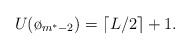
\begin{align*}U(\o_{m^*-2}) = \lceil L/2 \rceil +1.\end{align*}